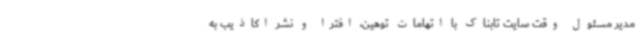
مدیر مسئول وقت سایت تابناک با اتهامات توهین، افترا و نشر اکاذیب به